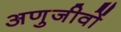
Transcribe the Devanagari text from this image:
अणुजीवों